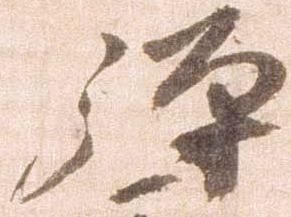
弾